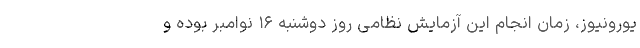
یورونیوز، زمان انجام این آزمایش نظامی روز دوشنبه ۱۶ نوامبر بوده و